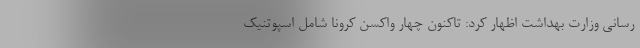
رسانی وزارت بهداشت اظهار کرد: تاکنون چهار واکسن کرونا شامل اسپوتنیک